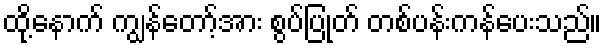
ထို့နောက် ကျွန်တော့်အား စွပ်ပြုတ် တစ်ပန်းကန်ပေးသည်။